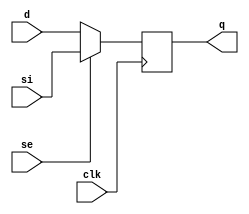
//#############################################################################
//# Function: Positive edge-triggered static D-type flop-flop with scan input #
//#                                                                           #
//# Copyright: OH Project Authors. ALl rights Reserved.                       #
//# License:  MIT (see LICENSE file in OH repository)                         # 
//#############################################################################

module oh_sdffq #(parameter DW = 1) // array width
   (
    input [DW-1:0] 	d,
    input [DW-1:0] 	si,
    input [DW-1:0] 	se,
    input [DW-1:0] 	clk,
    output reg [DW-1:0] q
    );

   always @ (posedge clk)
       q <= se ? si : d;
   
endmodule